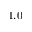
1 . 0